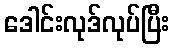
ဒေါင်းလုဒ်လုပ်ပြီး